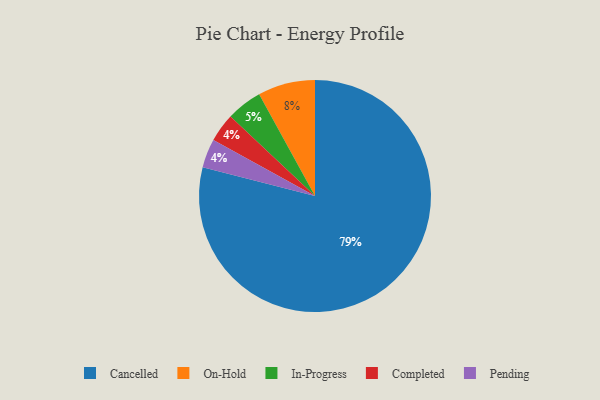
{"axis": {"x": "Category", "y": "Percentage"}, "legend": ["Cancelled", "Completed", "In-Progress", "On-Hold", "Pending"], "data": [{"x": "Cancelled", "y": 79, "type": "Cancelled"}, {"x": "Completed", "y": 4, "type": "Completed"}, {"x": "Pending", "y": 4, "type": "Pending"}, {"x": "In-Progress", "y": 5, "type": "In-Progress"}, {"x": "On-Hold", "y": 8, "type": "On-Hold"}]}